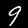
Digit: 9